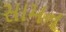
સામન